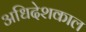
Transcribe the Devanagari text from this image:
अधिदेशकाल